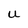
Character: U